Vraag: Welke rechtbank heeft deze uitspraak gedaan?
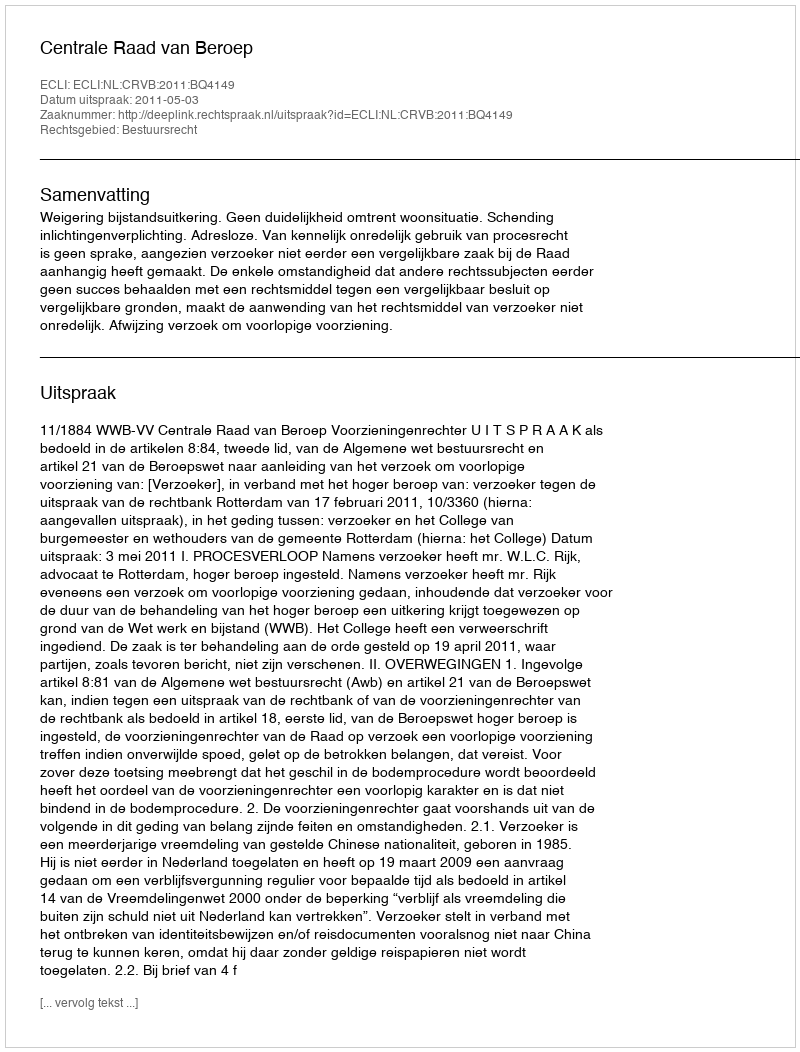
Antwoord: Centrale Raad van Beroep